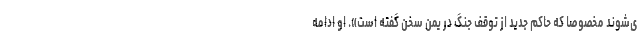
ی‌شوند مخصوصا که حاکم جدید از توقف جنگ در یمن سخن گفته است». او ادامه